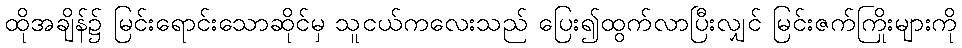
ထိုအချိန်၌ မြင်းရောင်းသောဆိုင်မှ သူငယ်ကလေးသည် ပြေး၍ထွက်လာပြီးလျှင် မြင်းဇက်ကြိုးများကို